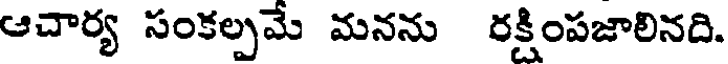
ఆచార్య సంకల్పమే మనను రక్షింపజాలినది.